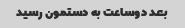
بعد دوساعت به دستمون رسید